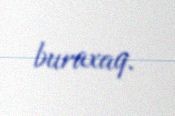
buraxaq.